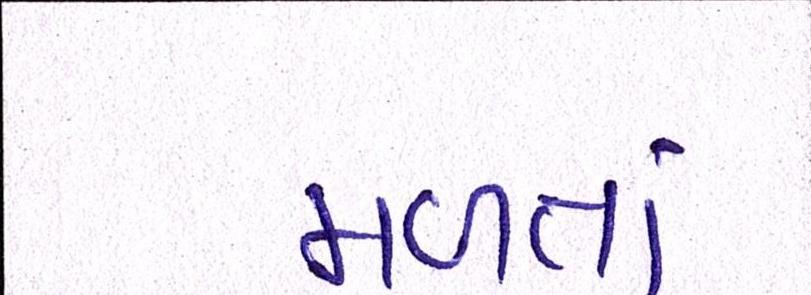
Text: મળતાં